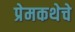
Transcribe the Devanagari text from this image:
प्रेमकथेचे